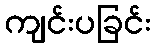
ကျင်းပခြင်း